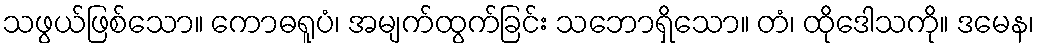
သဖွယ်ဖြစ်သော။ ကောဓရူပံ၊ အမျက်ထွက်ခြင်း သဘောရှိသော။ တံ၊ ထိုဒေါသကို။ ဒမေန၊